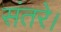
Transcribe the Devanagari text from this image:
संतरे।